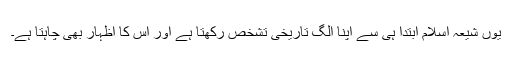
یوں شیعہ اسلام ابتدا ہی سے اپنا الگ تاریخی تشخص رکھتا ہے اور اس کا اظہار بھی چاہتا ہے۔